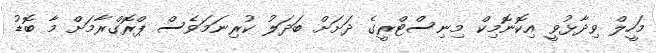
މަހީލް ވިދާޅުވީ އިކޮނޮމިކް މިނިސްޓްރީގެ ދަށަށް ބަދަލު ކުރިނަމަވެސް ޕްރޮގްރާމަށް މާ ބޮޑު